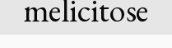
melicitose